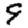
Digit: 9